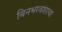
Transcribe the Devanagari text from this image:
बिनभरवशाचा